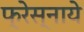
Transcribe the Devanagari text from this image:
फ्रेस्नाये